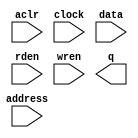
// megafunction wizard: %RAM: 1-PORT%VBB%
// GENERATION: STANDARD
// VERSION: WM1.0
// MODULE: altsyncram 

// ============================================================
// Megafunction Name(s):
// 			altsyncram
//
// Simulation Library Files(s):
// 			altera_mf
// ============================================================
// ************************************************************
// THIS IS A WIZARD-GENERATED FILE. DO NOT EDIT THIS FILE!
//
// 10.0 Build 218 06/27/2010 SJ Web Edition
// ************************************************************

//Copyright (C) 1991-2010 Altera Corporation
//Your use of Altera Corporation's design tools, logic functions 
//and other software and tools, and its AMPP partner logic 
//functions, and any output files from any of the foregoing 
//(including device programming or simulation files), and any 
//associated documentation or information are expressly subject 
//to the terms and conditions of the Altera Program License 
//Subscription Agreement, Altera MegaCore Function License 
//Agreement, or other applicable license agreement, including, 
//without limitation, that your use is for the sole purpose of 
//programming logic devices manufactured by Altera and sold by 
//Altera or its authorized distributors.  Please refer to the 
//applicable agreement for further details.

module cfg_mem_1024x16 (
	aclr,
	address,
	clock,
	data,
	rden,
	wren,
	q);

	input	  aclr;
	input	[9:0]  address;
	input	  clock;
	input	[15:0]  data;
	input	  rden;
	input	  wren;
	output	[15:0]  q;
`ifndef ALTERA_RESERVED_QIS
// synopsys translate_off
`endif
	tri0	  aclr;
	tri1	  clock;
	tri1	  rden;
`ifndef ALTERA_RESERVED_QIS
// synopsys translate_on
`endif

endmodule

// ============================================================
// CNX file retrieval info
// ============================================================
// Retrieval info: PRIVATE: ADDRESSSTALL_A NUMERIC "0"
// Retrieval info: PRIVATE: AclrAddr NUMERIC "0"
// Retrieval info: PRIVATE: AclrByte NUMERIC "0"
// Retrieval info: PRIVATE: AclrData NUMERIC "0"
// Retrieval info: PRIVATE: AclrOutput NUMERIC "1"
// Retrieval info: PRIVATE: BYTE_ENABLE NUMERIC "0"
// Retrieval info: PRIVATE: BYTE_SIZE NUMERIC "8"
// Retrieval info: PRIVATE: BlankMemory NUMERIC "0"
// Retrieval info: PRIVATE: CLOCK_ENABLE_INPUT_A NUMERIC "0"
// Retrieval info: PRIVATE: CLOCK_ENABLE_OUTPUT_A NUMERIC "0"
// Retrieval info: PRIVATE: Clken NUMERIC "0"
// Retrieval info: PRIVATE: DataBusSeparated NUMERIC "1"
// Retrieval info: PRIVATE: IMPLEMENT_IN_LES NUMERIC "0"
// Retrieval info: PRIVATE: INIT_FILE_LAYOUT STRING "PORT_A"
// Retrieval info: PRIVATE: INIT_TO_SIM_X NUMERIC "0"
// Retrieval info: PRIVATE: INTENDED_DEVICE_FAMILY STRING "Cyclone IV E"
// Retrieval info: PRIVATE: JTAG_ENABLED NUMERIC "1"
// Retrieval info: PRIVATE: JTAG_ID STRING "cfg"
// Retrieval info: PRIVATE: MAXIMUM_DEPTH NUMERIC "0"
// Retrieval info: PRIVATE: MIFfilename STRING "../testcase/mif/cfg_vect_1.mif"
// Retrieval info: PRIVATE: NUMWORDS_A NUMERIC "1024"
// Retrieval info: PRIVATE: RAM_BLOCK_TYPE NUMERIC "0"
// Retrieval info: PRIVATE: READ_DURING_WRITE_MODE_PORT_A NUMERIC "1"
// Retrieval info: PRIVATE: RegAddr NUMERIC "1"
// Retrieval info: PRIVATE: RegData NUMERIC "1"
// Retrieval info: PRIVATE: RegOutput NUMERIC "0"
// Retrieval info: PRIVATE: SYNTH_WRAPPER_GEN_POSTFIX STRING "0"
// Retrieval info: PRIVATE: SingleClock NUMERIC "1"
// Retrieval info: PRIVATE: UseDQRAM NUMERIC "1"
// Retrieval info: PRIVATE: WRCONTROL_ACLR_A NUMERIC "0"
// Retrieval info: PRIVATE: WidthAddr NUMERIC "10"
// Retrieval info: PRIVATE: WidthData NUMERIC "16"
// Retrieval info: PRIVATE: rden NUMERIC "1"
// Retrieval info: LIBRARY: altera_mf altera_mf.altera_mf_components.all
// Retrieval info: CONSTANT: CLOCK_ENABLE_INPUT_A STRING "BYPASS"
// Retrieval info: CONSTANT: CLOCK_ENABLE_OUTPUT_A STRING "BYPASS"
// Retrieval info: CONSTANT: INIT_FILE STRING "../testcase/mif/cfg_vect_1.mif"
// Retrieval info: CONSTANT: INTENDED_DEVICE_FAMILY STRING "Cyclone IV E"
// Retrieval info: CONSTANT: LPM_HINT STRING "ENABLE_RUNTIME_MOD=YES,INSTANCE_NAME=cfg"
// Retrieval info: CONSTANT: LPM_TYPE STRING "altsyncram"
// Retrieval info: CONSTANT: NUMWORDS_A NUMERIC "1024"
// Retrieval info: CONSTANT: OPERATION_MODE STRING "SINGLE_PORT"
// Retrieval info: CONSTANT: OUTDATA_ACLR_A STRING "CLEAR0"
// Retrieval info: CONSTANT: OUTDATA_REG_A STRING "UNREGISTERED"
// Retrieval info: CONSTANT: POWER_UP_UNINITIALIZED STRING "FALSE"
// Retrieval info: CONSTANT: READ_DURING_WRITE_MODE_PORT_A STRING "OLD_DATA"
// Retrieval info: CONSTANT: WIDTHAD_A NUMERIC "10"
// Retrieval info: CONSTANT: WIDTH_A NUMERIC "16"
// Retrieval info: CONSTANT: WIDTH_BYTEENA_A NUMERIC "1"
// Retrieval info: USED_PORT: aclr 0 0 0 0 INPUT GND "aclr"
// Retrieval info: USED_PORT: address 0 0 10 0 INPUT NODEFVAL "address[9..0]"
// Retrieval info: USED_PORT: clock 0 0 0 0 INPUT VCC "clock"
// Retrieval info: USED_PORT: data 0 0 16 0 INPUT NODEFVAL "data[15..0]"
// Retrieval info: USED_PORT: q 0 0 16 0 OUTPUT NODEFVAL "q[15..0]"
// Retrieval info: USED_PORT: rden 0 0 0 0 INPUT VCC "rden"
// Retrieval info: USED_PORT: wren 0 0 0 0 INPUT NODEFVAL "wren"
// Retrieval info: CONNECT: @aclr0 0 0 0 0 aclr 0 0 0 0
// Retrieval info: CONNECT: @address_a 0 0 10 0 address 0 0 10 0
// Retrieval info: CONNECT: @clock0 0 0 0 0 clock 0 0 0 0
// Retrieval info: CONNECT: @data_a 0 0 16 0 data 0 0 16 0
// Retrieval info: CONNECT: @rden_a 0 0 0 0 rden 0 0 0 0
// Retrieval info: CONNECT: @wren_a 0 0 0 0 wren 0 0 0 0
// Retrieval info: CONNECT: q 0 0 16 0 @q_a 0 0 16 0
// Retrieval info: GEN_FILE: TYPE_NORMAL cfg_mem_1024x16.v TRUE
// Retrieval info: GEN_FILE: TYPE_NORMAL cfg_mem_1024x16.inc FALSE
// Retrieval info: GEN_FILE: TYPE_NORMAL cfg_mem_1024x16.cmp FALSE
// Retrieval info: GEN_FILE: TYPE_NORMAL cfg_mem_1024x16.bsf FALSE
// Retrieval info: GEN_FILE: TYPE_NORMAL cfg_mem_1024x16_inst.v TRUE
// Retrieval info: GEN_FILE: TYPE_NORMAL cfg_mem_1024x16_bb.v TRUE
// Retrieval info: LIB_FILE: altera_mf